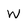
Character: W